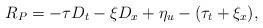
LaTeX: \begin{align*}R_P= -\tau D_t - \xi D_x +\eta_u -(\tau_t+\xi_x), \end{align*}